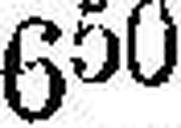
650